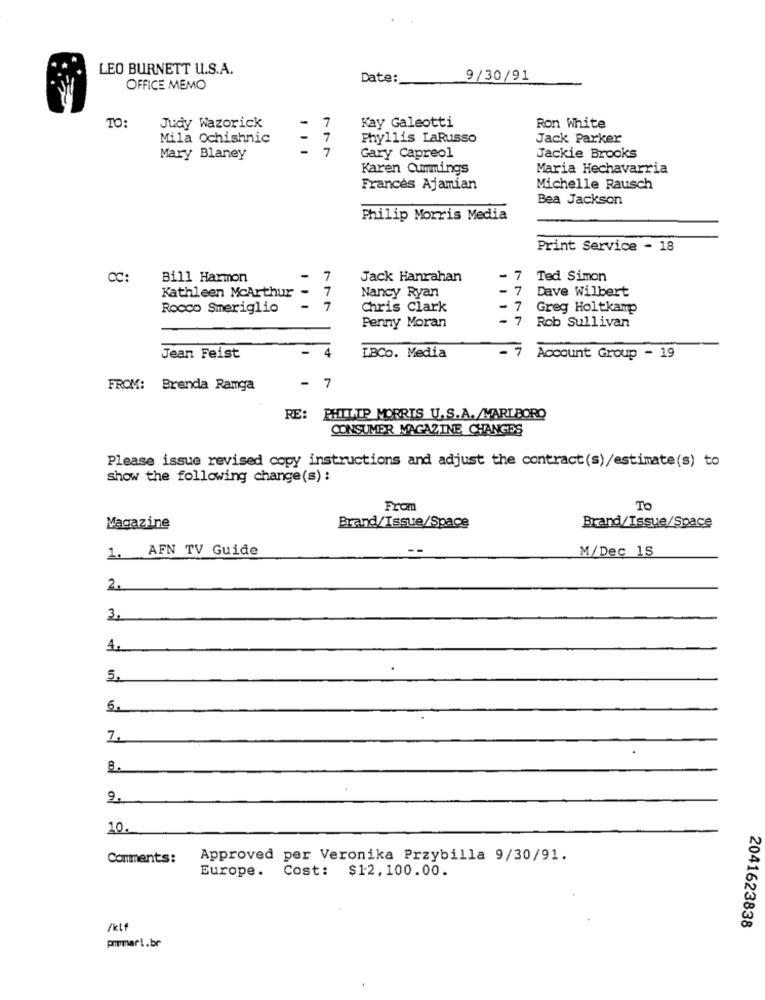
LEO BURNETT U.S.A.
Date:
9/30/91
OFFICE MEMO
Kay Galeotti
TO:
Judy Wazorick
7
Ron White
Mila Ochishnic
-
7
Phyllis LaRusso
Jack Parker
-
7
Mary Blaney
Gary Capreol
Jackie Brooks
Karen Cummings
Maria Hechavarria
Francès Ajamian
Michelle Rausch
Bea Jackson
Philip Morris Media
Print Service - 18
Bill Harmon
7
Jack Hanrahan
7 Ted Simon
7
Nancy Ryan
7
Dave Wilbert
Kathleen McArthur
Rocco Smeriglio
7
Chris Clark
7
Greg Holtkamp
Penny Moran
- 7
1 ...
Rob Sullivan
-
4
Jean Feist
LBCo. Media
- 7 Account Group - 19
FROM: Brenda Ramga
- 7
RE: PHILIP MORRIS U.S.A./MARLBORO
CONSUMER MAGAZINE CHANGES
Please issue revised copy instructions and adjust the contract(s)/estimate(s) to
show the following change(s) :
From
TO
Magazine
Brand/Issue/Space
Brand/Issue/Space
1. AFN TV Guide
M/Dec 15
2.
3.
4.
5,
6.
8.
10.
Comments:
Approved per Veronika Przybilla 9/30/91.
Europe. Cost: $12,100.00.
2041623838
/klf
pmmart.br